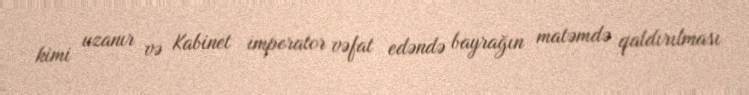
kimi uzanır və Kabinet imperator vəfat edəndə bayrağın matəmdə qaldırılması